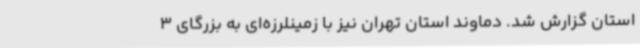
استان گزارش شد. دماوند استان تهران نیز با زمینلرزه‌ای به بزرگای 3